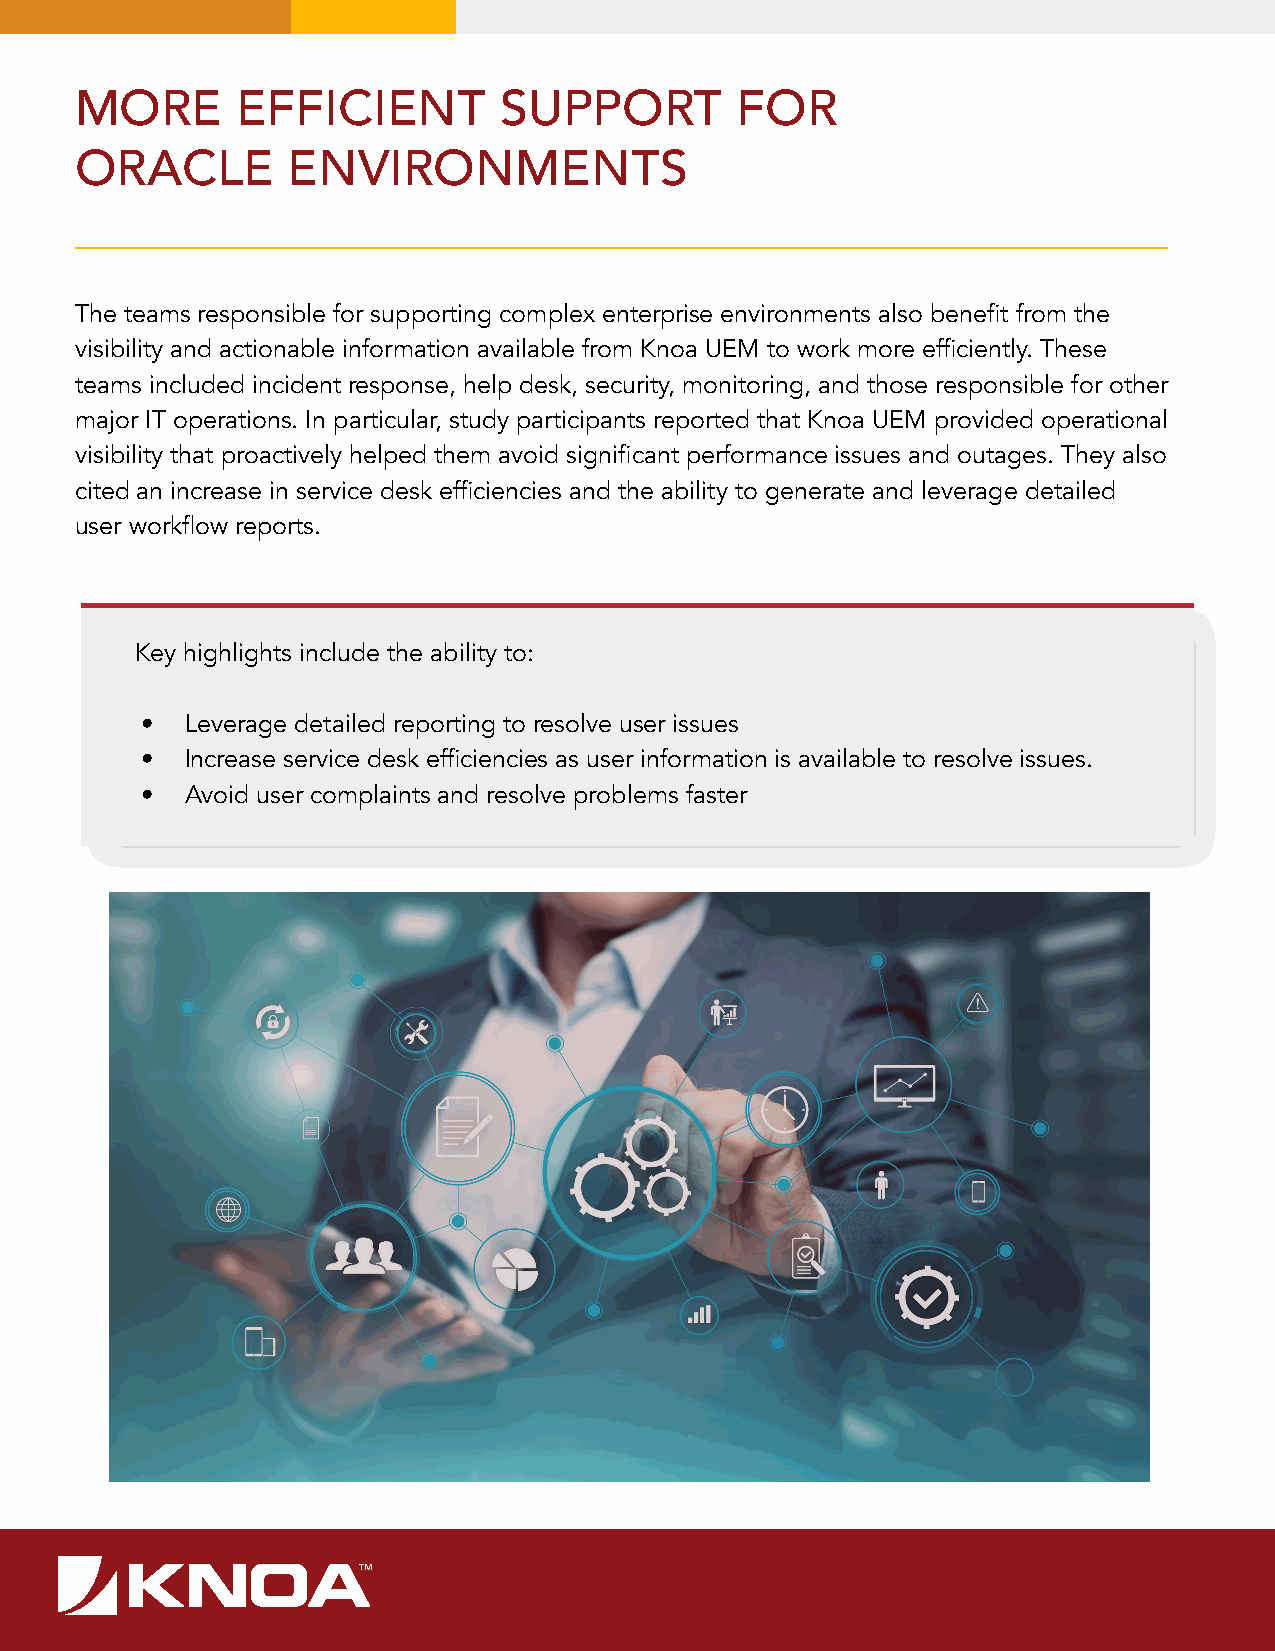
MORE       EFFICIENT        SUPPORT         FOR
 ORACLE        ENVIRONMENTS
 The teams responsible for supporting complex enterprise environments also benefit from the
 visibility and actionable information available from Knoa UEM to work more efficiently. These
 teams included incident response, help desk, security, monitoring, and those responsible for other
 major IT operations. In particular, study participants reported that Knoa UEM provided operational
 visibility that proactively helped them avoid significant performance issues and outages. They also
 cited an increase in service desk efficiencies and the ability to generate and leverage detailed
 user workflow reports.
 Key highlights include the ability to:
 •  Leverage detailed reporting to resolve user issues
 •  Increase service desk efficiencies as user information is available to resolve issues.
 •  Avoid user complaints and resolve problems faster